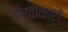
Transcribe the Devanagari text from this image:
पैरवीकारों